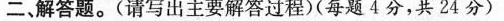
二解答题。(请写出主要解答过程)(每题4分，共24分)